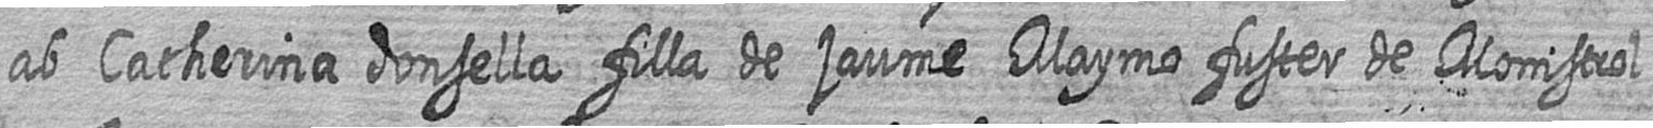
ab Catherina donsella filla de jaume Maymo fuster de Monistrol